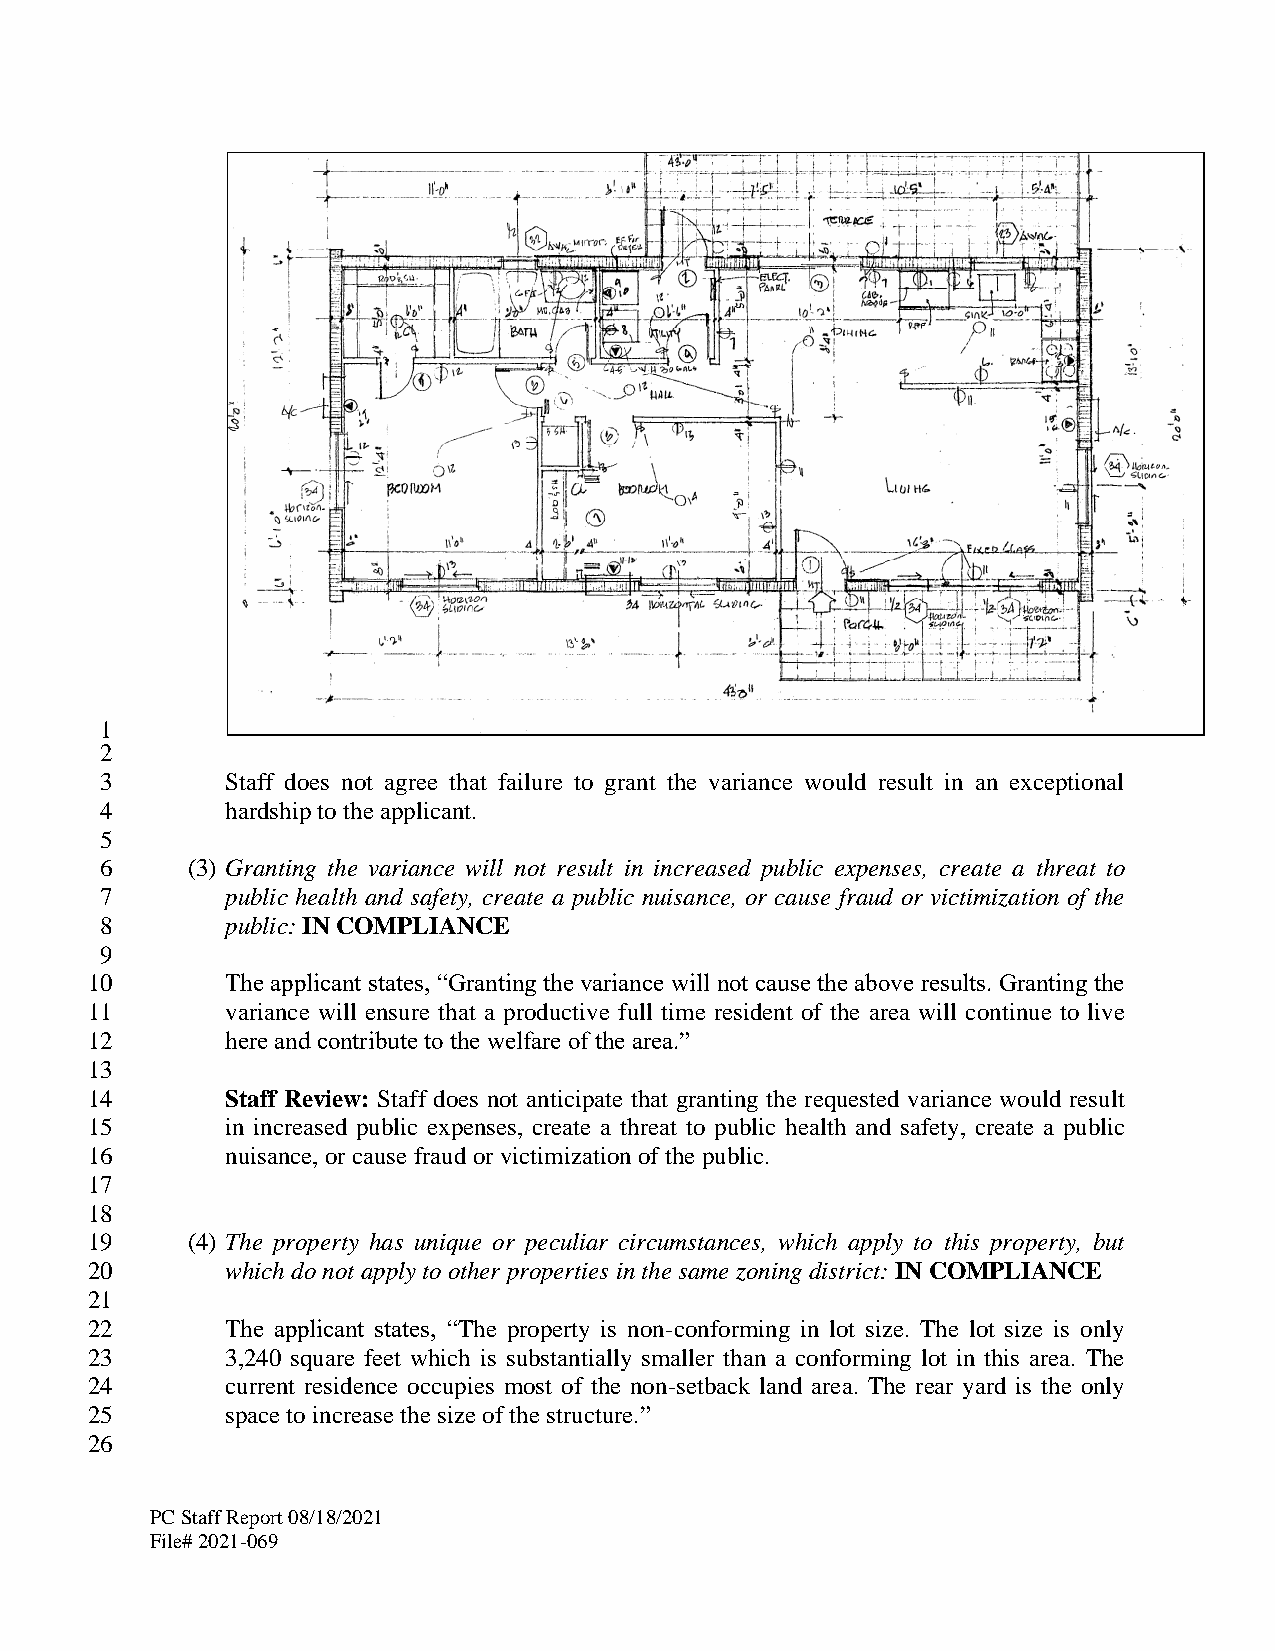
1
 2
 3       Staff does not agree that failure to grant the variance would result in an exceptional
 4       hardship to the applicant.
 5
 6    (3) Granting the variance will not result in increased public expenses, create a threat to
 7       public health and safety, create a public nuisance, or cause fraud or victimization of the
 8       public: IN COMPLIANCE
 9
 10       The applicant states, “Granting the variance will not cause the above results. Granting the
 11       variance will ensure that a productive full time resident of the area will continue to live
 12       here and contribute to the welfare of the area.”
 13
 14       Staff Review: Staff does not anticipate that granting the requested variance would result
 15       in increased public expenses, create a threat to public health and safety, create a public
 16       nuisance, or cause fraud or victimization of the public.
 17
 18
 19    (4) The property has unique or peculiar circumstances, which apply to this property, but
 20       which do not apply to other properties in the same zoning district: IN COMPLIANCE
 21
 22       The applicant states, “The property is non-conforming in lot size. The lot size is only
 23       3,240 square feet which is substantially smaller than a conforming lot in this area. The
 24       current residence occupies most of the non-setback land area. The rear yard is the only
 25       space to increase the size of the structure.”
 26
 PC Staff Report 08/18/2021
 File# 2021-069